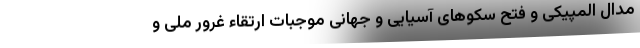
مدال المپیکی و فتح سکوهای آسیایی و جهانی موجبات ارتقاء غرور ملی و